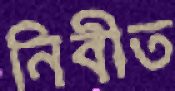
নিবীত